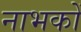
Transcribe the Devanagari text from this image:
नाभकों